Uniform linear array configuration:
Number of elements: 32
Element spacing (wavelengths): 0.25
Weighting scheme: hamming
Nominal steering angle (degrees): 45
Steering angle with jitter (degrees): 43.486
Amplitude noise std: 0.05
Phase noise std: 0.05

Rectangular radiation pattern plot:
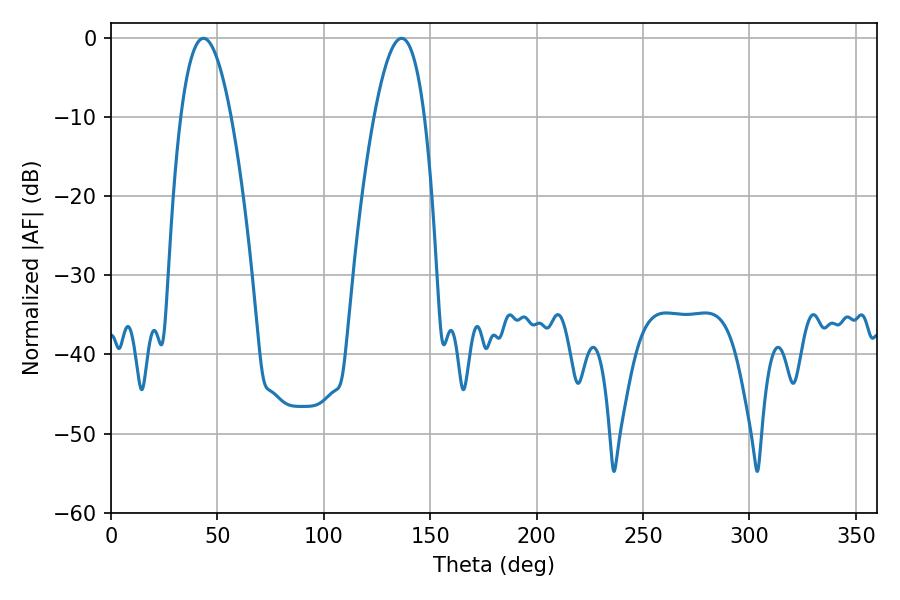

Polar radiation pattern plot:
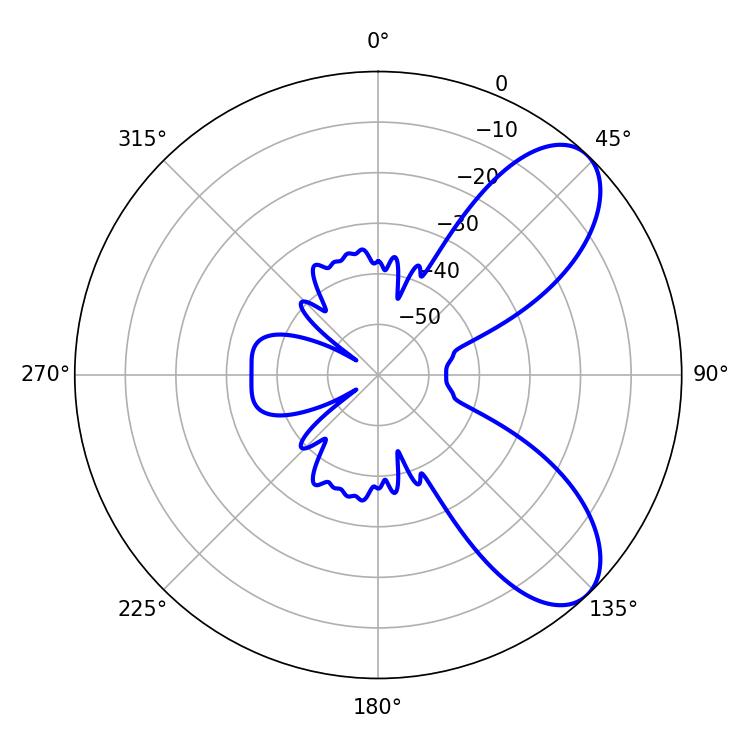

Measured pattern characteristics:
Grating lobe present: FALSE
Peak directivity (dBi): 7.727
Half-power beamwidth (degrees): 13.14
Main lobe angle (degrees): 43.38